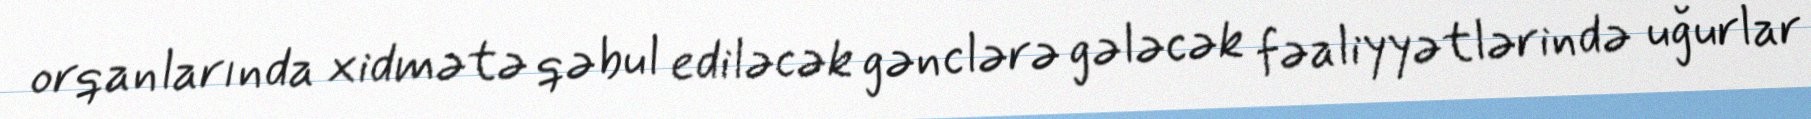
orqanlarında xidmətə qəbul ediləcək gənclərə gələcək fəaliyyətlərində uğurlar